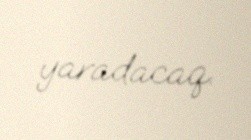
yaradacaq.